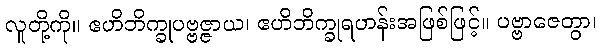
လူတို့ကို။ ဧဟိဘိက္ခုပဗ္ဗဇ္ဇာယ၊ ဧဟိဘိက္ခုရဟန်းအဖြစ်ဖြင့်။ ပဗ္ဗာဇေတွာ၊